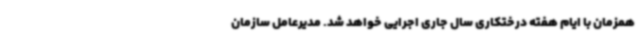
همزمان با ایام هفته درختکاری سال جاری اجرایی خواهد شد. مدیرعامل سازمان